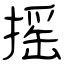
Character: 摇